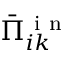
\bar { \Pi } _ { i k } ^ { \mathrm { ~ i ~ n ~ } }